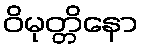
ဝိမုတ္တိနော